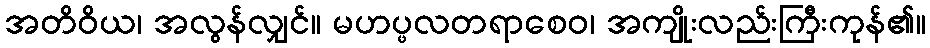
အတိဝိယ၊ အလွန်လျှင်။ မဟပ္ဖလတရာစေဝ၊ အကျိုးလည်းကြီးကုန်၏။